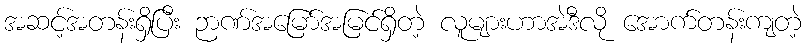
အဆင့်အတန်းရှိပြီး ဉာဏ်အမြော်အမြင်ရှိတဲ့ လူများဟာအဲဒီလို အောက်တန်းကျတဲ့